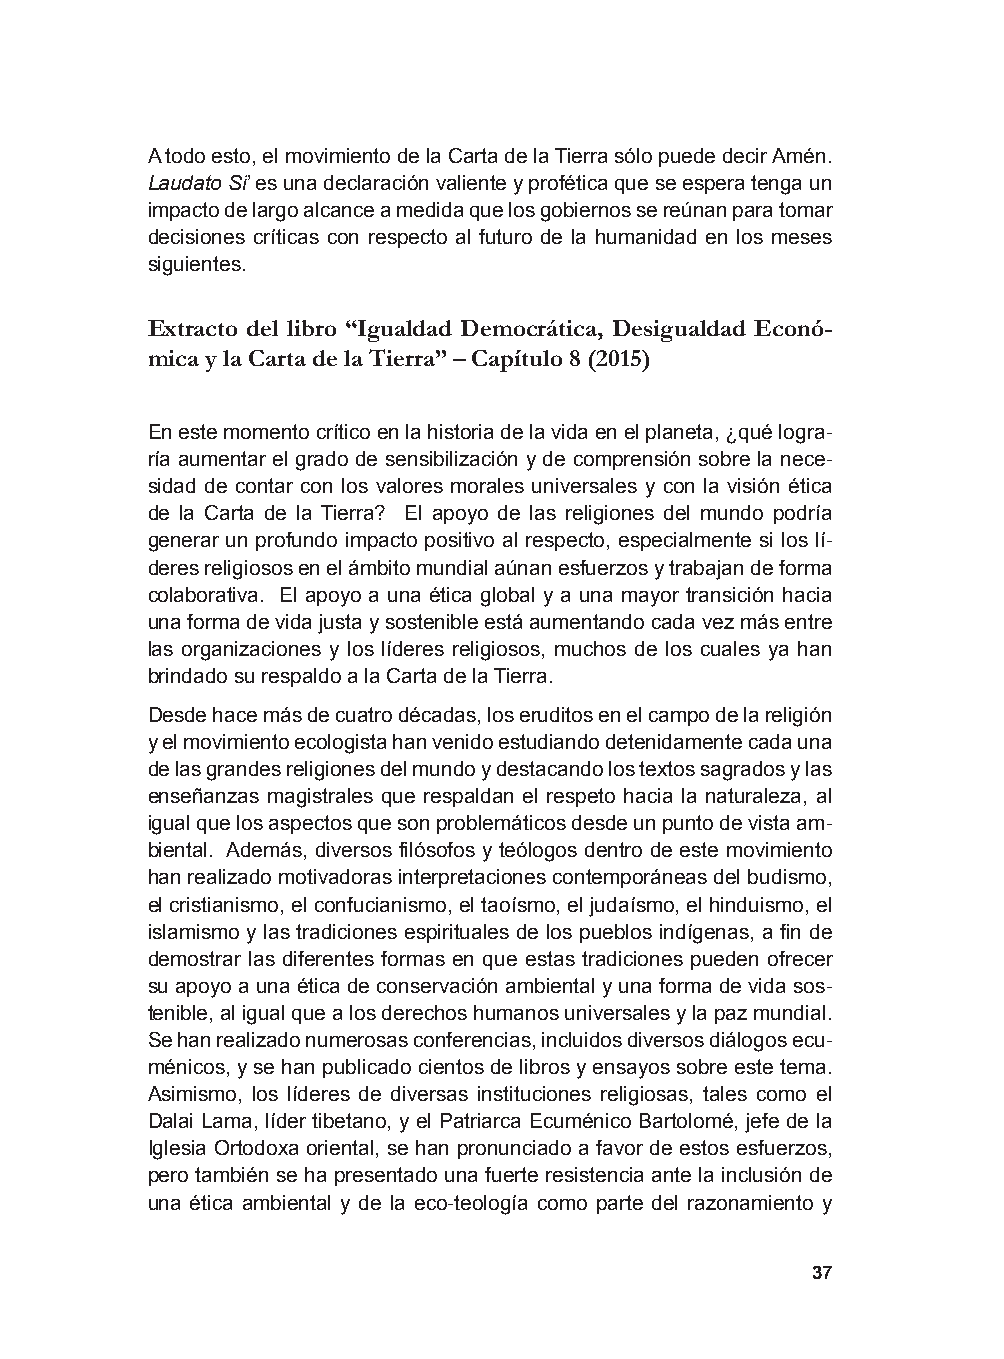
A todo esto, el movimiento de la Carta de la Tierra sólo puede decir Amén.
 Laudato Si’ es una declaración valiente y profética que se espera tenga un
 impacto de largo alcance a medida que los gobiernos se reúnan para tomar
 decisiones críticas con respecto al futuro de la humanidad en los meses
 siguientes.
 Extracto del libro “Igualdad Democrática, Desigualdad Econó-
 mica y la Carta de la Tierra” – Capítulo 8 (2015)
 En este momento crítico en la historia de la vida en el planeta, ¿qué logra-
 ría aumentar el grado de sensibilización y de comprensión sobre la nece-
 sidad de contar con los valores morales universales y con la visión ética
 de la Carta de la Tierra? El apoyo de las religiones del mundo podría
 generar un profundo impacto positivo al respecto, especialmente si los lí-
 deres religiosos en el ámbito mundial aúnan esfuerzos y trabajan de forma
 colaborativa. El apoyo a una ética global y a una mayor transición hacia
 una forma de vida justa y sostenible está aumentando cada vez más entre
 las organizaciones y los líderes religiosos, muchos de los cuales ya han
 brindado su respaldo a la Carta de la Tierra.
 Desde hace más de cuatro décadas, los eruditos en el campo de la religión
 y el movimiento ecologista han venido estudiando detenidamente cada una
 de las grandes religiones del mundo y destacando los textos sagrados y las
 enseñanzas magistrales que respaldan el respeto hacia la naturaleza, al
 igual que los aspectos que son problemáticos desde un punto de vista am-
 biental. Además, diversos filósofos y teólogos dentro de este movimiento
 han realizado motivadoras interpretaciones contemporáneas del budismo,
 el cristianismo, el confucianismo, el taoísmo, el judaísmo, el hinduismo, el
 islamismo y las tradiciones espirituales de los pueblos indígenas, a fin de
 demostrar las diferentes formas en que estas tradiciones pueden ofrecer
 su apoyo a una ética de conservación ambiental y una forma de vida sos-
 tenible, al igual que a los derechos humanos universales y la paz mundial.
 Se han realizado numerosas conferencias, incluidos diversos diálogos ecu-
 ménicos, y se han publicado cientos de libros y ensayos sobre este tema.
 Asimismo, los líderes de diversas instituciones religiosas, tales como el
 Dalai Lama, líder tibetano, y el Patriarca Ecuménico Bartolomé, jefe de la
 Iglesia Ortodoxa oriental, se han pronunciado a favor de estos esfuerzos,
 pero también se ha presentado una fuerte resistencia ante la inclusión de
 una ética ambiental y de la eco-teología como parte del razonamiento y
 37